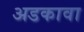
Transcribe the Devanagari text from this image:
अडकावा